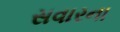
સવારના